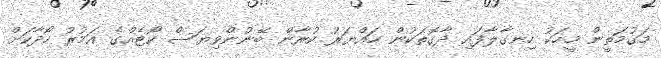
މަގުމަތީން މީހަކު ހިނގާލާފައި ދާގޮތަކުން ހައްޔަރު ކުރާން ބޭނުންވިޔަސް ކޯޓެއްގެ އަމުރު ހޯދާކަށް